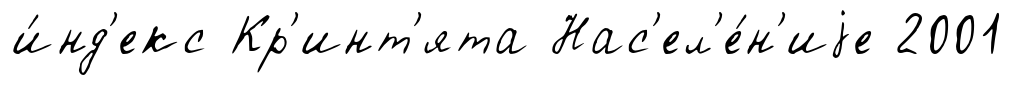
и́нд'екс Кр'инт'ята Нас'ел'е́н'иjе 2001